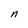
Character: n